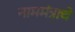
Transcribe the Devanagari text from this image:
नाममंत्राचे